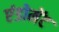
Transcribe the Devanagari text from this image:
एंडोमेंट